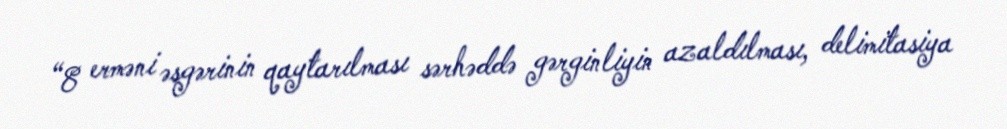
“8 erməni əsgərinin qaytarılması sərhəddə gərginliyin azaldılması, delimitasiya